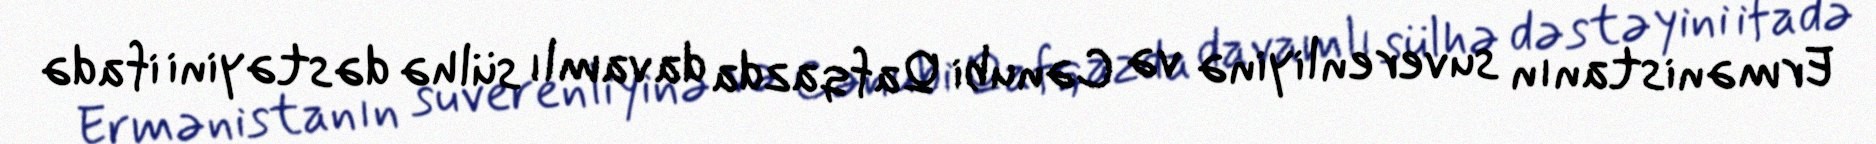
Ermənistanın suverenliyinə və Cənubi Qafqazda davamlı sülhə dəstəyini ifadə